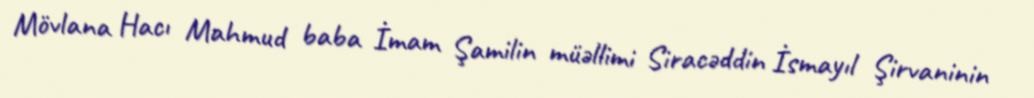
Mövlana Hacı Mahmud baba İmam Şamilin müəllimi Siracəddin İsmayıl Şirvaninin